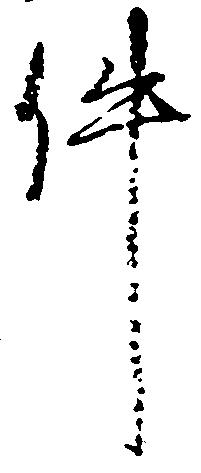
件